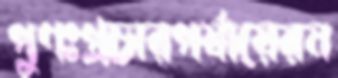
পুণঃপ্রচারপর্যায়েরন